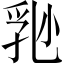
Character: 𡮈